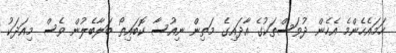
ހަމައެހެންމެ އެހެން ދުވަސްތަކުގެ އާދައިގެ މަތިން ނިއުސާ ކޮބައިތޯ ބަލާބެލުން ވެސް މިއަދަކު